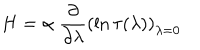
H = \alpha \ \frac { \partial } { \partial \lambda } \left( \ln \tau ( \lambda ) \right) _ { \lambda = 0 }